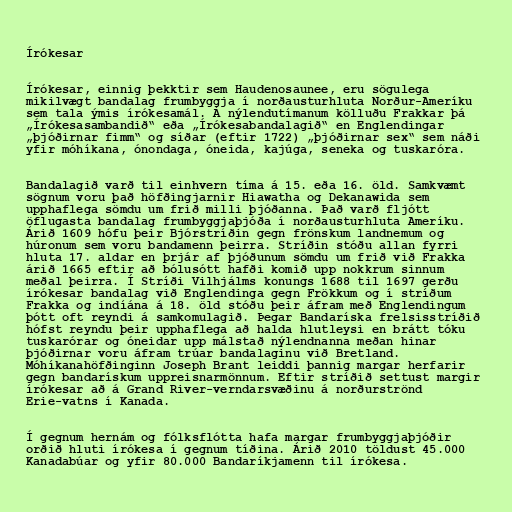
Írókesar

Írókesar, einnig þekktir sem Haudenosaunee, eru sögulega
mikilvægt bandalag frumbyggja í norðausturhluta Norður-Ameríku
sem tala ýmis írókesamál. Á nýlendutímanum kölluðu Frakkar þá
„Írókesasambandið“ eða „Írókesabandalagið“ en Englendingar
„þjóðirnar fimm“ og síðar (eftir 1722) „þjóðirnar sex“ sem náði
yfir móhíkana, ónondaga, óneida, kajúga, seneka og tuskaróra.

Bandalagið varð til einhvern tíma á 15. eða 16. öld. Samkvæmt
sögnum voru það höfðingjarnir Hiawatha og Dekanawida sem
upphaflega sömdu um frið milli þjóðanna. Það varð fljótt
öflugasta bandalag frumbyggjaþjóða í norðausturhluta Ameríku.
Árið 1609 hófu þeir Bjórstríðin gegn frönskum landnemum og
húronum sem voru bandamenn þeirra. Stríðin stóðu allan fyrri
hluta 17. aldar en þrjár af þjóðunum sömdu um frið við Frakka
árið 1665 eftir að bólusótt hafði komið upp nokkrum sinnum
meðal þeirra. Í Stríði Vilhjálms konungs 1688 til 1697 gerðu
írókesar bandalag við Englendinga gegn Frökkum og í stríðum
Frakka og indíána á 18. öld stóðu þeir áfram með Englendingum
þótt oft reyndi á samkomulagið. Þegar Bandaríska frelsisstríðið
hófst reyndu þeir upphaflega að halda hlutleysi en brátt tóku
tuskarórar og óneidar upp málstað nýlendnanna meðan hinar
þjóðirnar voru áfram trúar bandalaginu við Bretland.
Móhíkanahöfðinginn Joseph Brant leiddi þannig margar herfarir
gegn bandarískum uppreisnarmönnum. Eftir stríðið settust margir
írókesar að á Grand River-verndarsvæðinu á norðurströnd
Erie-vatns í Kanada.

Í gegnum hernám og fólksflótta hafa margar frumbyggjaþjóðir
orðið hluti írókesa í gegnum tíðina. Árið 2010 töldust 45.000
Kanadabúar og yfir 80.000 Bandaríkjamenn til írókesa.